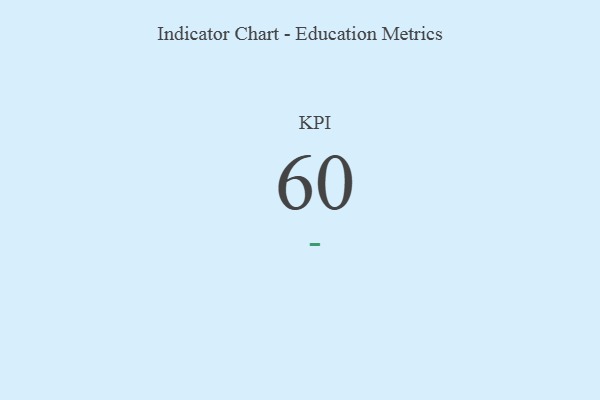
{"axis": {"x": "KPI", "y": "Value"}, "legend": [""], "data": [{"x": "KPI", "y": 60, "type": ""}]}